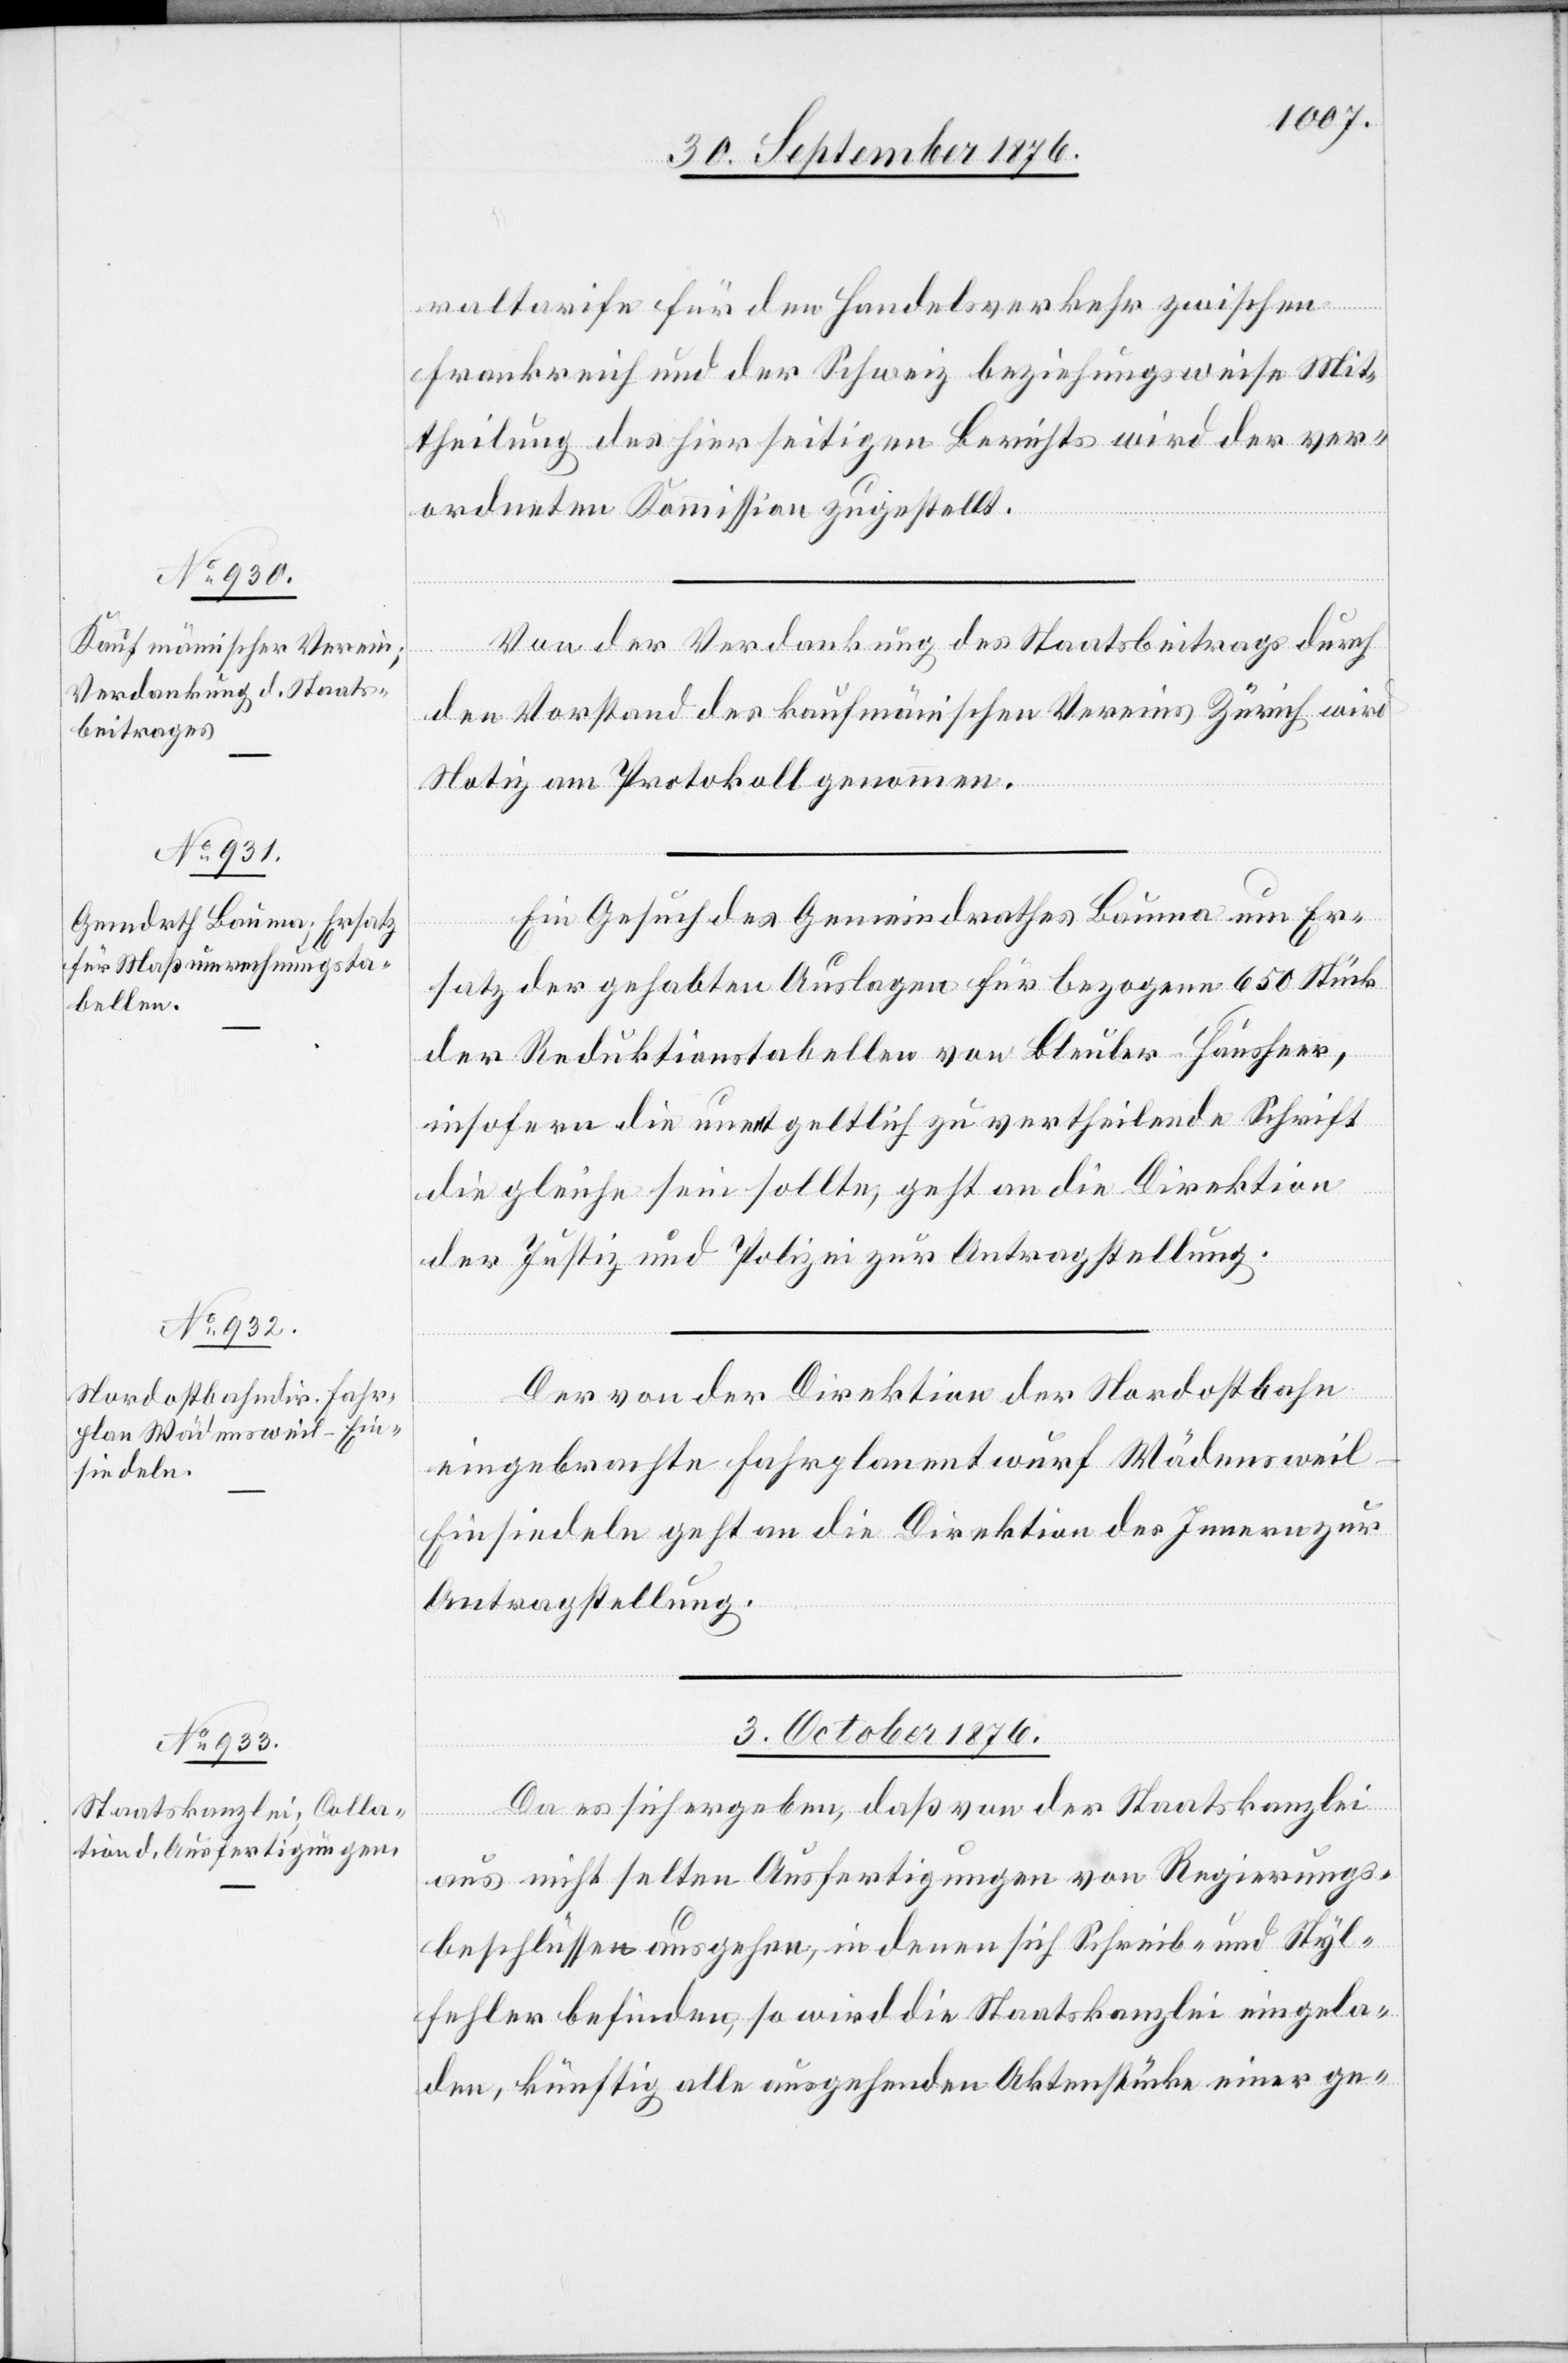
raltarife für den Handelsverkehr zwischen
Frankreich und der Schweiz beziehungsweise Mit¬
theilung des hierseitigen Berichts wird der ver¬
ordneten Kommission zugestellt.
Von der Verdankung des Staatsbeitrags durch
den Vorstand des kaufmännischen Vereins Zürich wird
Notiz am Protokoll genommen.
Ein Gesuch des Gemeindrathes Bauma um Er¬
satz der gehabten Auslagen für bezogene 650 Stück
der Reduktionstabellen von Bleuler-Heusser,
insofern die unentgeltlich zu vertheilende Schrift
die gleiche sein sollte, geht an die Direktion
der Justiz und Polizei zur Antragstellung.
Der von der Direktion der Nordostbahn
eingebrachte Fahrplanentwurf Wädensweil–E¬
insiedeln geht an die Direktion des Innern zur
Antragstellung.
3. October 1876.
Da es sich ergeben, daß von der Staatskanzlei
aus nicht selten Ausfertigungen von Regierungs¬
beschlüssen ausgehen, in denen sich Schreib- und Styl¬
fehler befinden, so wird die Staatskanzlei eingela¬
den, künftig alle ausgehenden Aktenstücke einer ge-